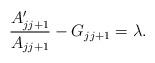
LaTeX: \begin{align*}{ A\sp\prime_{jj+1}\over A_{jj+1}}-G_{jj+1}=\lambda.\end{align*}